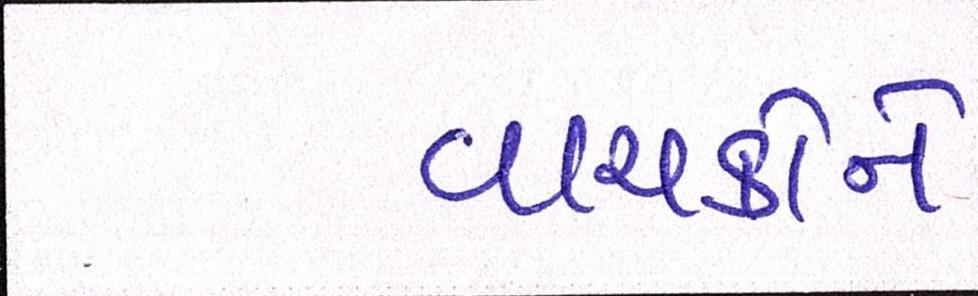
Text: વાચકોને